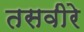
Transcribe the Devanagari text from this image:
तसवीरे